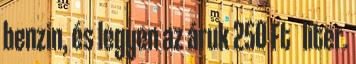
benzin, és legyen az áruk 250 Ft liter.